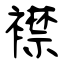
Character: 襟